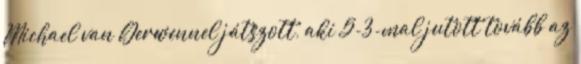
Michael van Gerwennel játszott, aki 5-3-mal jutott tovább az